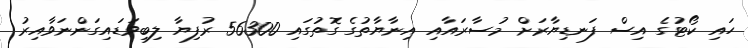
ހައި ކޯޓުގެ އިސް ފަނޑިޔާރަށް މުސާރައާއި އިނާޔާތުގެ ގޮތުގައި 56300 ރުފިޔާ ލިބިވަޑައިގަންނަވާއިރު